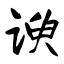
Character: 谀